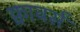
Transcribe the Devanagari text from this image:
क्वावर्स